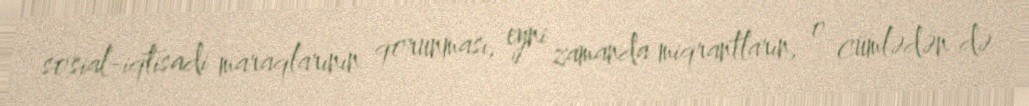
sosial-iqtisadi maraqlarının qorunması, eyni zamanda miqrantların, o cümlədən də